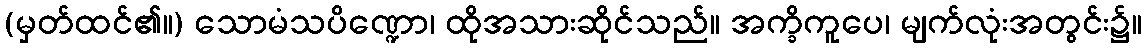
(မှတ်ထင်၏။) သောမံသပိဏ္ဍော၊ ထိုအသားဆိုင်သည်။ အက္ခိကူပေ၊ မျက်လုံးအတွင်း၌။